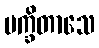
မက္ခိတာသေ